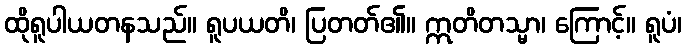
ထိုရူပါယတနသည်။ ရူပယတိ၊ ပြတတ်၏။ ဣတိတသ္မာ၊ ကြောင့်။ ရူပံ၊